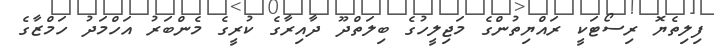
ފިލިތެޔޮ ރިސޯޓަކީ ރައްޔިތުންގެ މަޖިލީހުގެ ބިލަތްދޫ ދާއިރާގެ ކުރީގެ މެންބަރު އަހްމަދު ހަމްޒާގެ